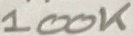
Text: 100K